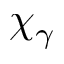
\chi _ { \gamma }